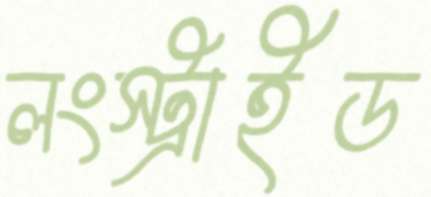
লংস্ট্রাইড